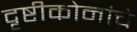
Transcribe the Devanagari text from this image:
दृष्टीकोनांचे